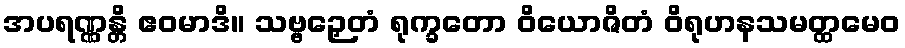
အပရဏ္ဏန္တိ ဧဝမာဒိ။ သဗ္ဗဉှေတံ ရုက္ခတော ဝိယောဇိတံ ဝိရုဟနသမတ္ထမေဝ